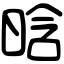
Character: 晗